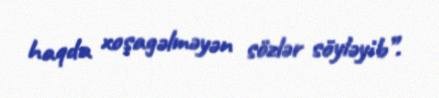
haqda xoşagəlməyən sözlər söyləyib”.